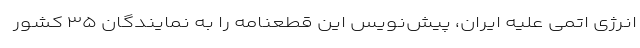
انرژی اتمی علیه ایران، پیش‌نویس این قطعنامه را به نمایندگان ۳۵ کشور